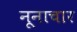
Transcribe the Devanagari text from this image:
नूनाचार